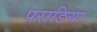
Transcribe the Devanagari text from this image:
पराङिया